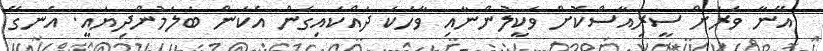
އޭނާ ވަރަށް ސީރިއާސްކޮށް ވަކީލުންނާއި ވާހަކަ ދައްކައިގެން އެކަން ބަލަމުންދިޔައީ. އެނގޭ